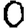
Digit: 0